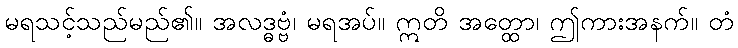
မရသင့်သည်မည်၏။ အလဒ္ဓဗ္ဗံ၊ မရအပ်။ ဣတိ အတ္ထော၊ ဤကားအနက်။ တံ